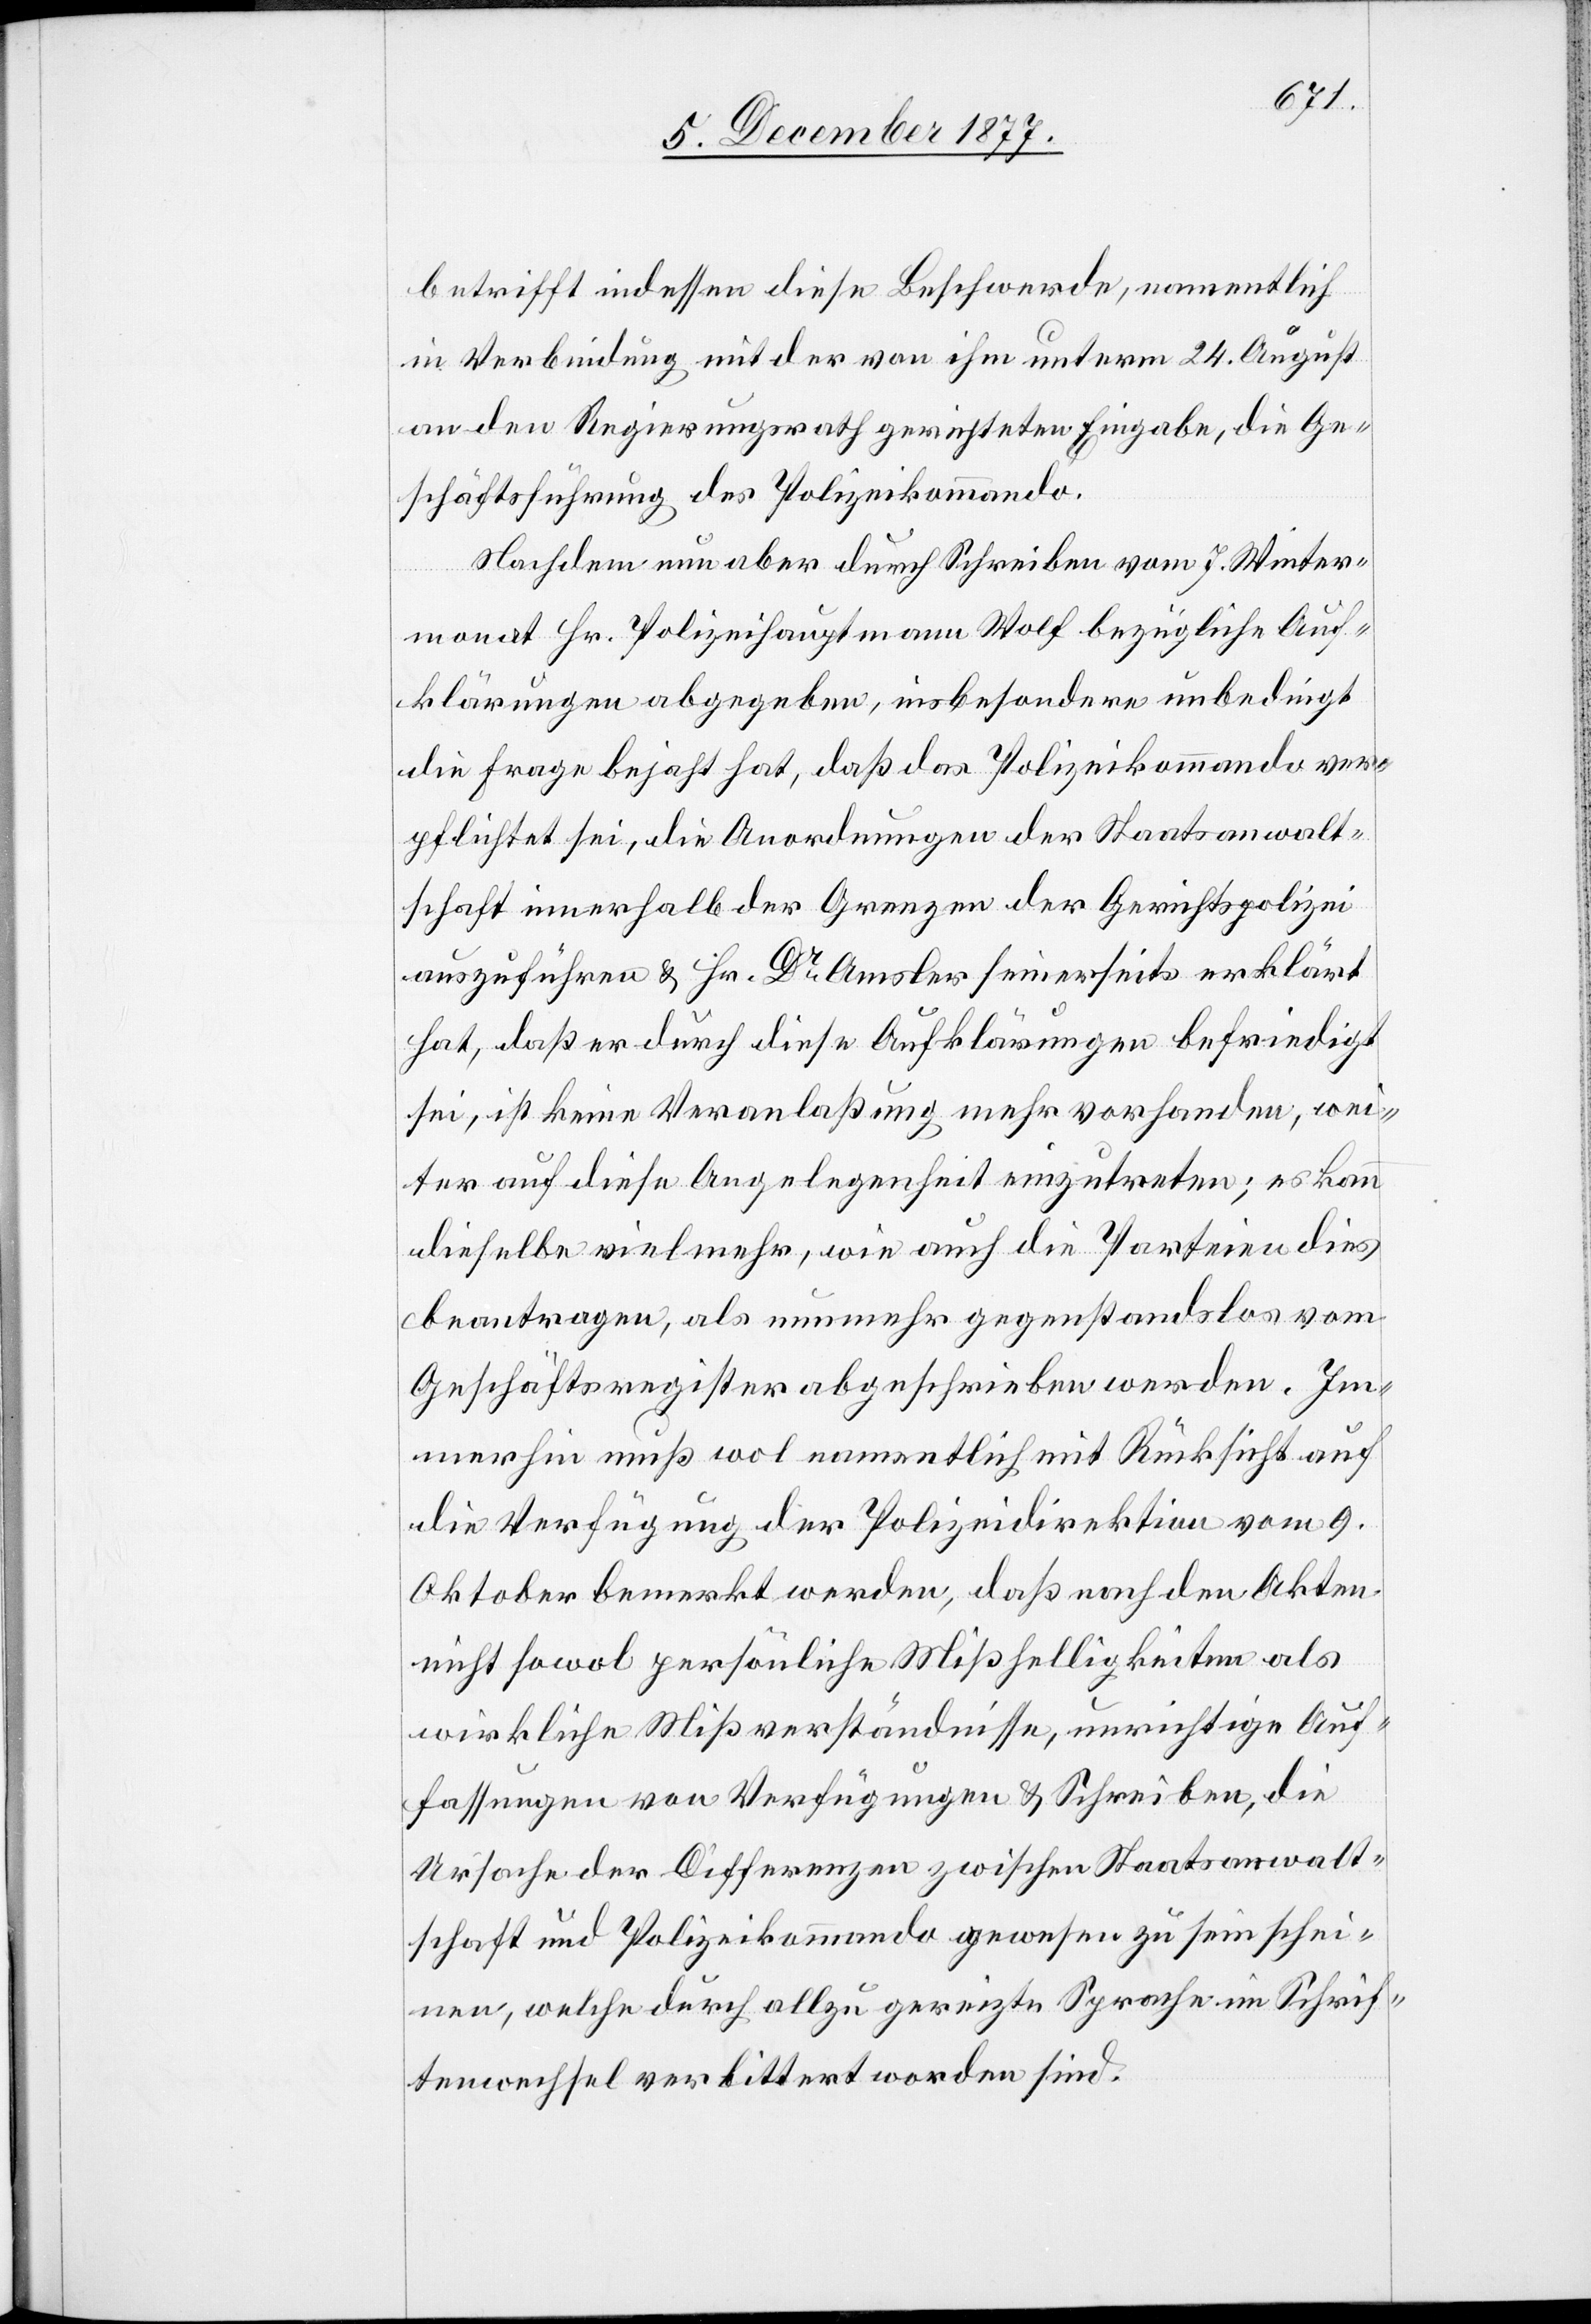
betrifft indessen diese Beschwerde, namentlich
in Verbindung mit der von ihm unterm 24. August
an den Regierungsrath gerichteten Eingabe, die Ge¬
schäftsführung des Polizeikommando.
Nachdem nun aber durch Schreiben vom 7. Winter¬
monat Hr. Polizeihauptmann Wolf bezügliche Auf¬
klärungen abgegeben, insbesondere unbedingt
die Frage bejaht hat, daß das Polizeikommando ver¬
pflichtet sei, die Anordnungen der Staatsanwalt¬
schaft innerhalb der Grenzen der Gerichtspolizei
auszuführen & Hr. Dr Amsler seinerseits erklärt
hat, daß er durch diese Aufklärungen befriedigt
sei, ist keine Veranlaßung mehr vorhanden, wei¬
ter auf diese Angelegenheit einzutreten; es kann
dieselbe vielmehr, wie auch die Parteien dies
beantragen, als nunmehr gegenstandslos vom
Geschäftsregister abgeschrieben werden. Im¬
merhin muß wol namentlich mit Rücksicht auf
die Verfügung der Polizeidirektion vom 9.
Oktober bemerkt werden, daß nach den Akten
nicht sowol persönliche Mißhelligkeiten als
wirkliche Mißverständnisse, unrichtige Auf¬
fassungen von Verfügungen & Schreiben, die
Ursache der Differenzen zwischen Staatsanwalt¬
schaft und Polizeikommando gewesen zu sein schei¬
nen, welche durch allzu gereizte Sprache im Schrif¬
tenwechsel verbittert worden sind.